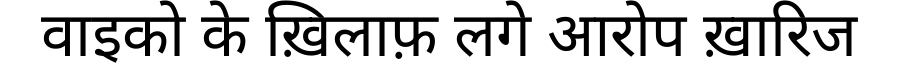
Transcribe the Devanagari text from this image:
वाइको के ख़िलाफ़ लगे आरोप ख़ारिज